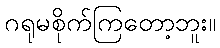
ဂရုမစိုက်ကြတော့ဘူး။